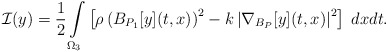
\begin{align*}\mathcal{I}(y)=\frac{1}{2}\int\limits_{\Omega_3}\left[\rho\left(B_{P_1}[y](t,x)\right)^2-k\left|\nabla_{B_P}[y](t,x)\right|^2\right]\;dxdt.\end{align*}